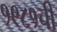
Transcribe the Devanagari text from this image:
१९८१ची